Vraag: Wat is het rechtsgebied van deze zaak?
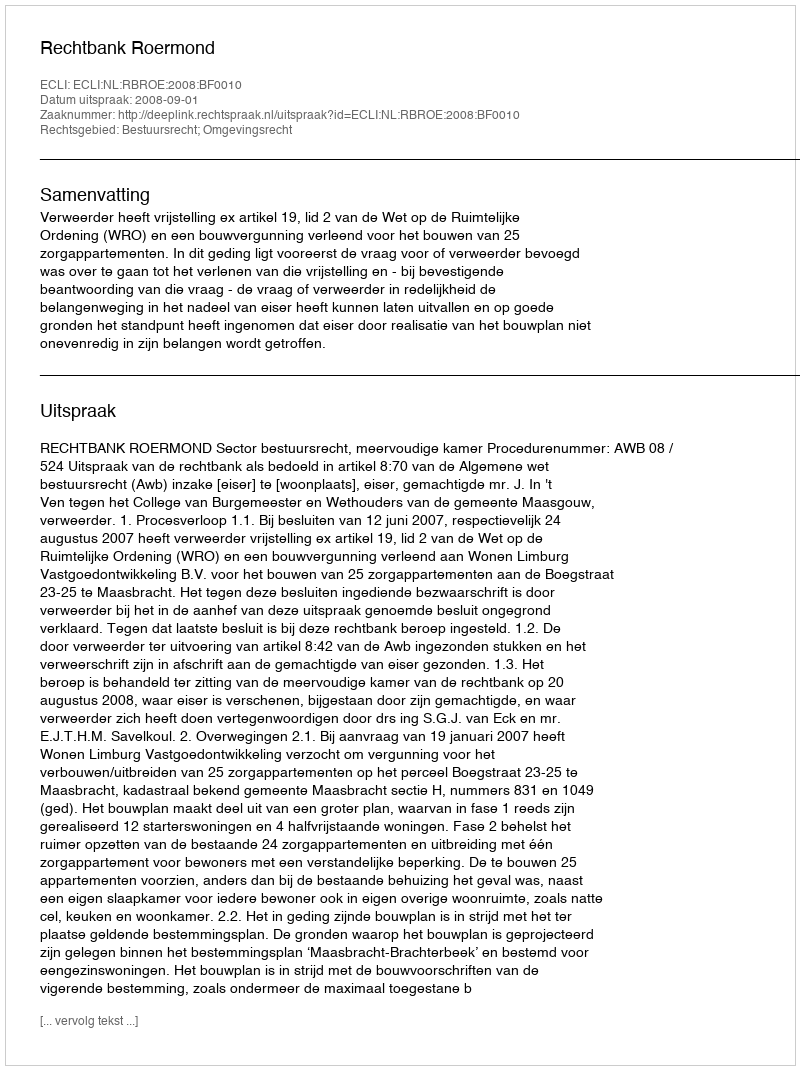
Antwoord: Bestuursrecht; Omgevingsrecht